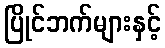
ပြိုင်ဘက်များနှင့်